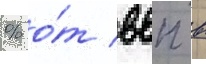
% о́т ввп в